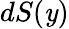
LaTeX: dS(\mathit{y})